Medical and sanitary report of the native army of Madras for the year
Year: 1876
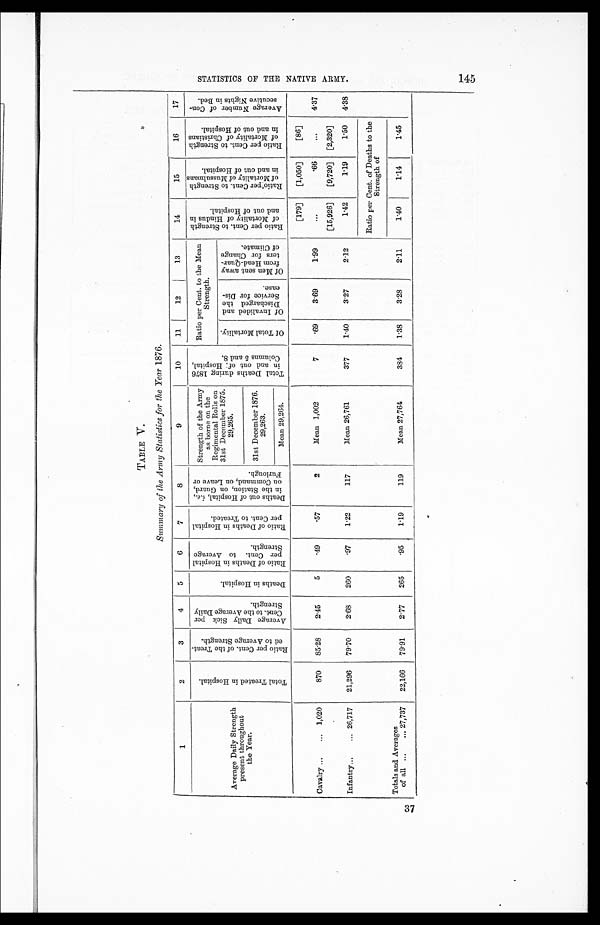
TABLE V.
Summary of the Army Statistics for the Year 1876.
1
2
3
4
5
6
7
8
9
10
11
12
13
14
15
16
17
Average Daily Strength
present throughout
the Year.
T o t a l T r e a t e d i n H o s p i t a l .
R a t i o p e r c e n t . o f t h e T r e a t - e d t o A v e r a g e S t r e n g t h .
A v e r a g e D a i l y S i c k p e r C e n t . t o t h e A v e r a g e D a i l y .
D e a t h s i n H o s p i t a l .
R a t i o o f D e a t h s i n H o s p i t a l p e r C e n t . t o A v e r a g e S t r e n g t h .
R a t i o o f D e a t h s i n H o s p i t a l p e r C e n t . t o T r e a t e d .
D e a t h s o u t o f H o s p i t a l , i . e . , i n t h e S t a t i o n , o n G u a r d , o n c o m m a n d , o n L e a v e o r F u r l o u g h .
Strength of the Army
as borne on the
Regimental Rolls on
31st December 1875.
29,265. 29265
T o t a l D e a t h s d u r i n g 1 8 7 6 i n a n d o u t o f : H o s p i t a l , C o l u m n s 5 a n d 8 .
Ratio per Cent. to the Mean
Strength.
R a t i o p e r C e n t . t o S t r e n g t h o f M o r t a l i t y o f H i n d u s i n a n d o u t o f H o s p i t a l .
R a t i o p e r C e n t . t o S t r e n g t h o f M o r t a l i t y o f M u s s u l m a n s i n a n d o u t o f H o s p i t a l .
R a t i o p e r C e n t . t o s t r e n g t h o f M o r t a l i t y o f C h r i s t i a n s i n a n d o u t o f H o s p i t a l .
A v e r a g e N u m b e r o f C o n - s e c u t i v e N i g h t s i n B e d .
O f T o t a l M o r t a i l .
O f I n v a l i d e d a n d D i s c h a r g e d t h e S e r v i c e f o r D i s - e a s e .
O f M e n s e n t a w a y f r o m H e a d - Q u a r - t e r s f o r C h a r g e o f C l i m a t e .
31st December 1876.
29263.
Mean 29,264.
[179]
[1,050]
[86]
Cavalry
1,020
870
85.28
2.45
5
.49
.57
2
Mean 1,002
7
.
6 9
3.69
1.99
. . .
.66
. . .
4.37
[15,926]
[9,720] [2,320]
Infantry
26,717
21,296
79.70
2.68
260
. 9 7 1.22
117
Mean 26,761
377
1.40
3.27
2.12
1.42
1.19
1.50
4.38
Ratio per Cent. of Deaths to the
Strength of
Totals and Averages
of all
27,737
22,166
79.91
2.77
265
. 9 5 1.19
119
Mean 27,764
384
1.38
3.28
2.11
1.40
1.14
1.45